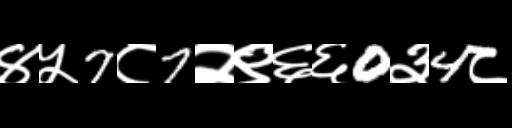
Text: ४५7८7२९६६0३4८